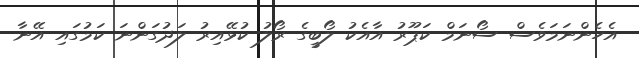
އެހެންނަމަވެސް ސޯނަމް ކަޕޫރު އާއެކު ލޯބީގެ ރޯލު ކުޅޭއިރު ލަދުގަންނަ ކަމުގައި އޭނާ